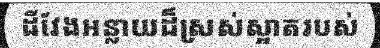
ដីវែងអន្លាយដ៏ស្រស់ស្អាតរបស់